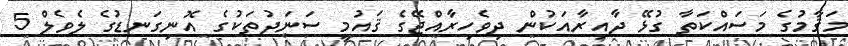
މަޤާމުގެ މަސައްކަތާ ގުޅޭ ދާއިރާއަކުން ދިވެހިރާއްޖޭގެ ޤައުމީ ސަނަދުތަކުގެ އޮނިގަނޑުގެ ލެވެލް 5